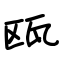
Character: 瓯